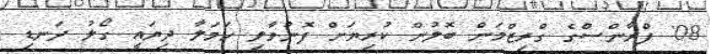
08' ފްރާންސްގެ ގްރިޒްމަން ބޮލުން ކުރިޔަށް ފޮނުވާލި ހަމަލާ ދިޔައީ ގޯލު ދަނޑި